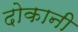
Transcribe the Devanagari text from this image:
दोकानी